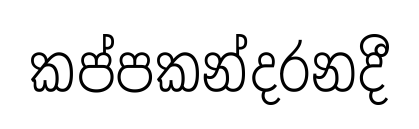
කප්පකන්දරනදී